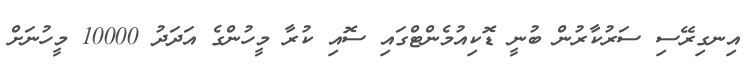
އިނގިރޭސި ސަރުކާރުން ބުނީ ޑޮކިއުމެންޓްގައި ސޮއި ކުރާ މީހުންގެ އަދަދު 10000 މީހުނަށް